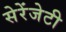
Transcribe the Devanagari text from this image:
सेरेंजेटी